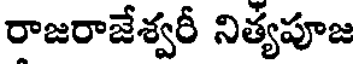
రాజరాజేశ్వరీ నిత్యపూజ